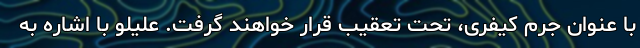
با عنوان جرم کیفری، تحت تعقیب قرار خواهند گرفت. علیلو با اشاره به